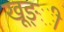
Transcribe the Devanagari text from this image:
खूङ्ी